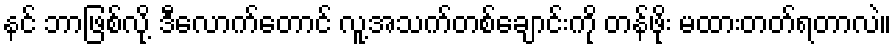
နင် ဘာဖြစ်လို့ ဒီလောက်တောင် လူ့အသက်တစ်ချောင်းကို တန်ဖိုး မထားတတ်ရတာလဲ။